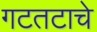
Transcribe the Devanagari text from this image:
गटतटाचे